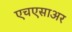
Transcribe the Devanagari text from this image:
एचएसाअर